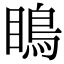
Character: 瞗